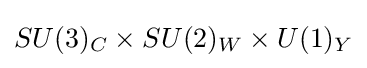
SU(3)_{C}\times SU(2)_{W}\times U(1)_{Y}